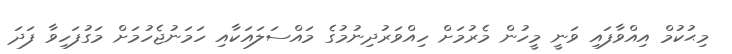
މިޙުކުމް އިއްވާފައި ވަނީ މީހުން މެރުމަށް ހިއްވަރުދިނުމުގެ މައްސަލައަކާއި ހަމަނުޖެހުމަށް މަގުފަހިވާ ފަދަ